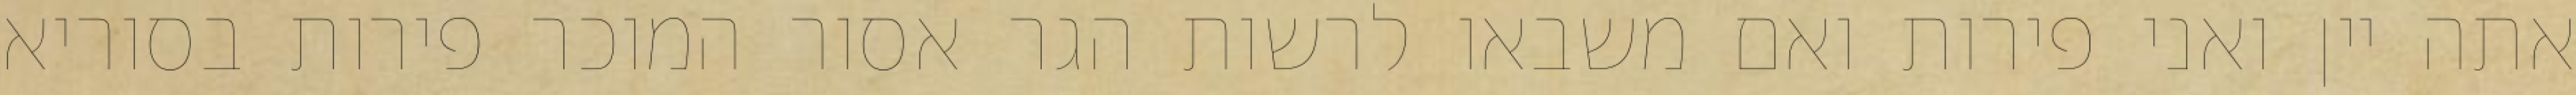
אתה יין ואני פירות ואם משבאו לרשות הגר אסור המוכר פירות בסוריא